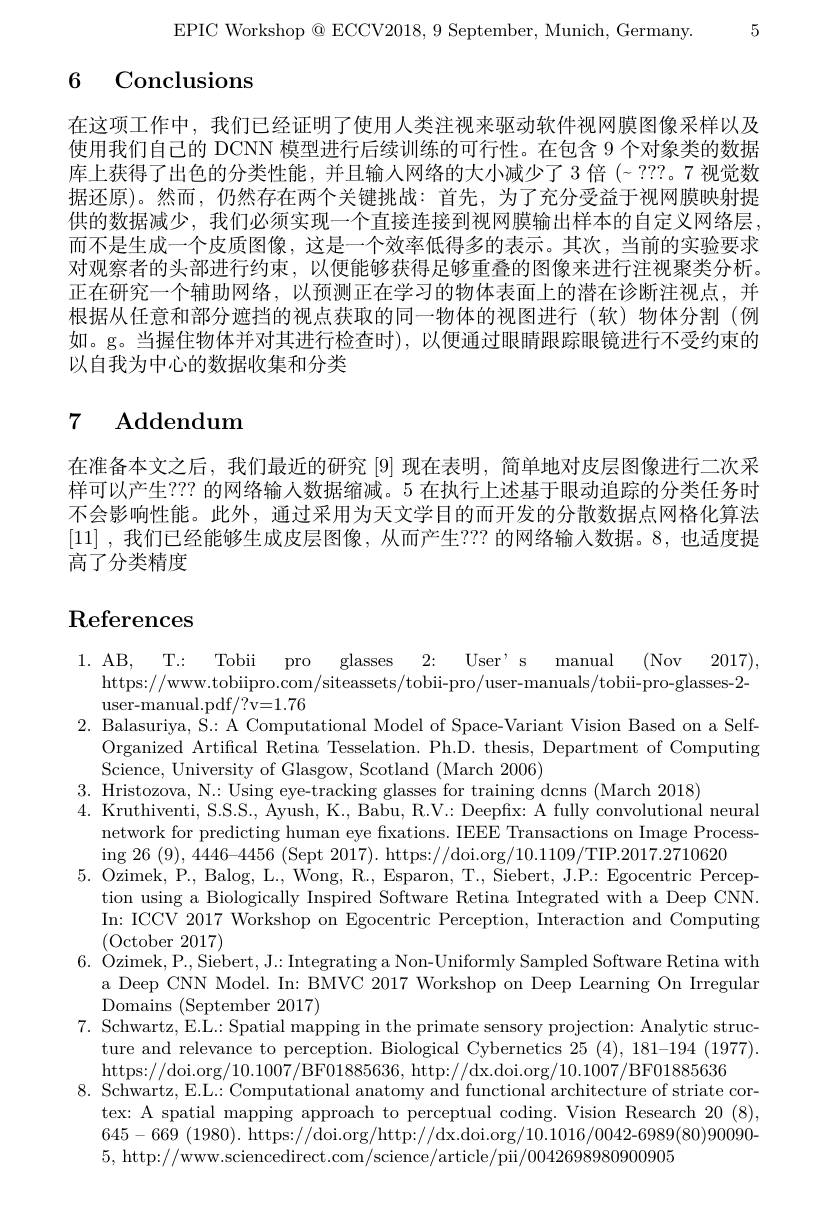
EPIC Workshop @ ECCV2018, 9 September, Munich, Germany. 5

# 6 Conclusions

在这项工作中，我们已经证明了使用人类注视来驱动软件视网膜图像采样以及使用我们自己的 DCNN 模型进行后续训练的可行性。在包含 9 个对象类的数据库上获得了出色的分类性能，并且输入网络的大小减少了 3 倍(- ???。7 视觉数据还原)。然而，仍然存在两个关键挑战：首先，为了充分受益于视网膜映射提供的数据减少，我们必须实现一个直接连接到视网膜输出样本的自定义网络层， 而不是生成一个皮质图像，这是一个效率低得多的表示。其次，当前的实验要求对观察者的头部进行约束，以便能够获得足够重叠的图像来进行注视聚类分析。正在研究一个辅助网络，以预测正在学习的物体表面上的潜在诊断注视点，并根据从任意和部分遮挡的视点获取的同一物体的视图进行(软)物体分割(例如。g。当握住物体并对其进行检查时),以便通过眼睛跟踪眼镜进行不受约束的以自我为中心的数据收集和分类

## 7 Addendum

在准备本文之后，我们最近的研究 [9] 现在表明，简单地对皮层图像进行二次采样可以产生？?? 的网络输人数据缩减。5 在执行上述基于眼动追踪的分类任务时不会影响性能。此外，通过采用为天文学目的而开发的分散数据点网格化算法$$[11]$ ,我们已经能够生成皮层图像，从而产生？??的网络输入数据。8,也适度提$ 高了分类精度

# References

$\begin{array}{lll}1.&\mathrm{AB,~T.:~Tobii~pro~glasses~2:~User'~s~}\end{array}$ 2. Balasuriya, S.: A Computational Model of Space-Variant Vision Based on a Self-
Organized Artifical Retina Tesselation. Ph.D. thesis, Department of Computing
Science, University of Glasgow, Scotland (March 2006)
3. Hristozova, N.: Using eye-tracking glasses for training dcnns (March 2018)
4. Kruthiventi, S.S.S., Ayush, K.., Babu, R.V.: Deepfix: A fully convolutional neural
network for predicting human eye fxations. IEEE Transactions on Image Process-
ing 26 (9), 4446-4456 (Sept 2017). https://doi.org/10.1109/TIP.2017.2710620
5. Ozimek, P., Balog, L., Wong, R., Esparon, T., Siebert, J.P.: Egocentric Percep-
tion using a Biologically Inspired Software Retina Integrated with a Deep CNN. In: ICCV 2017 Workshop on Egocentric Perception, Interaction and Computing (October 2017)
$6. \text{ \` {O}zimek, P. , Siebert, J. : IntegratingaNon- UniformlySampled Software Retina with}$
a Deep CNN Model. In: BMVC 2017 Workshop on Deep Learning On Irregular
${\mathrm{Domains~(September~2017)}}$
7. Schwartz, E.L.: Spatial mapping in the primate sensory projection: Analytic struc-
ture and relevance to perception. Biological Cybernetics 25 (4), 181-194 (1977).
$https://doi.org/10.1007/BF01885636, http://dx.doi.org/10.1007/BF01885636$
8. Schwartz, E.L.: Computational anatomy and functional architecture of striate cor-
tex: A spatial mapping approach to perceptual coding. Vision Research 20 (8), $645- 669\allowbreak ( {\mathrm{mod}} ( 1980) .$ https: //doi. org/ http: //dx. doi. org/ 10. 1016/ 0042- 6989( 80) 90090- ) $$5$, http://www.sciencedirect.com/science/article/pii/0042698980900905$